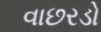
વાછરડો